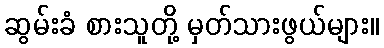
ဆွမ်းခံ စားသူတို့ မှတ်သားဖွယ်များ။